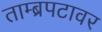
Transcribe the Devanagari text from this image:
ताम्ब्रपटावर